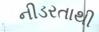
નીડરતાથી